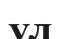
ул